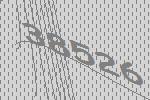
38526